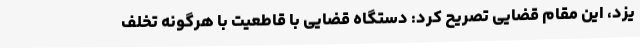
یزد، این مقام قضایی تصریح کرد: دستگاه قضایی با قاطعیت با هرگونه تخلف